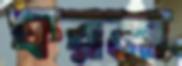
ফরমা